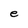
Character: e